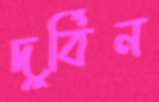
দুর্বিন